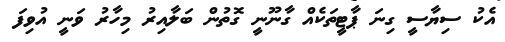
އެކު ސިޔާސީ ގިނަ ޕާޓީތަކެއް ގާނޫނީ ގޮތުން ބަލާއިރު މިހާރު ވަނީ އުވިފަ